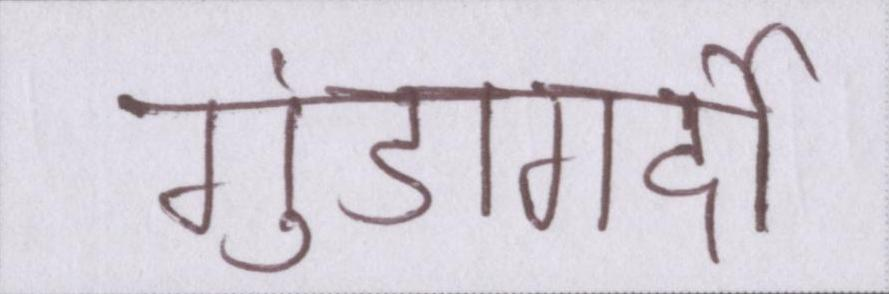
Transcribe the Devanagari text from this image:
गुंडागर्दी